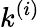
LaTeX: k^{(i)}